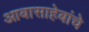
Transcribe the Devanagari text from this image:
आबासाहेबांचे